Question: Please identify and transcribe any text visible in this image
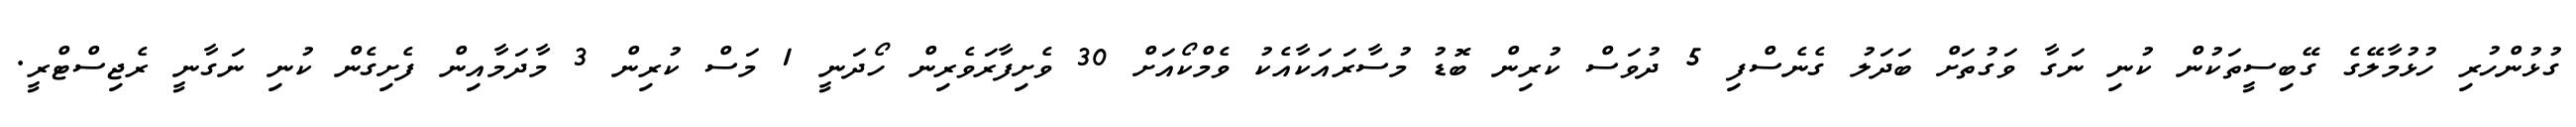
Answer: ގުޅުންހުރި ހުޅުމާލޭގެ ގޭބިސީތަކުން ކުނި ނަގާ ވަގުތަށް ބަދަލު ގެނެސްފި 5 ދުވަސް ކުރިން ބޮޑު މުސާރައަކާއެކު ވެމްކޯއަށް 30 ވެށިފާރަވެރިން ހޯދަނީ 1 މަސް ކުރިން 3 މާދަމާއިން ފެށިގެން ކުނި ނަގާނީ ރެޖިސްޓްރީ.